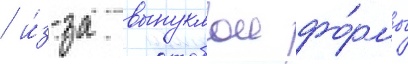
/ и́з-за выпуклои фо́рмы